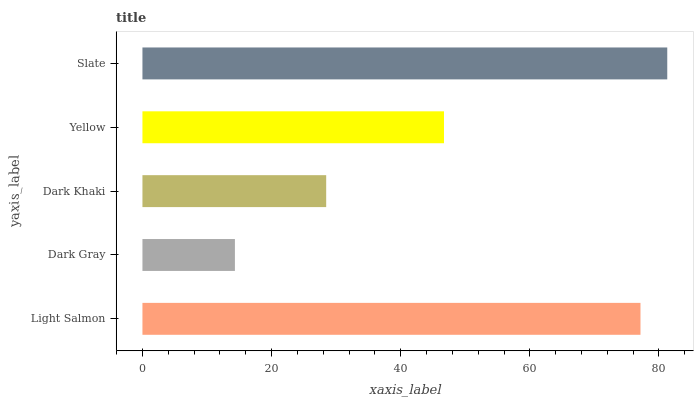
| yaxis_label | bars |
 | --- | --- |
 | Light Salmon | 77.1 |
 | Dark Gray | 14.3 |
 | Dark Khaki | 28.5 |
 | Yellow | 46.7 |
 | Slate | 81.3 |